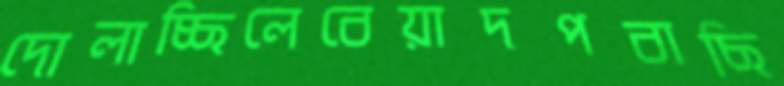
দোলাচ্ছিলেবেয়াদপবাছি